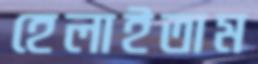
হেলাইতাম